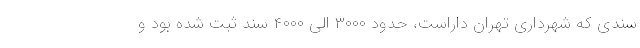
سندی که شهرداری تهران داراست، حدود ۳۰۰۰ الی ۴۰۰۰ سند ثبت شده بود و